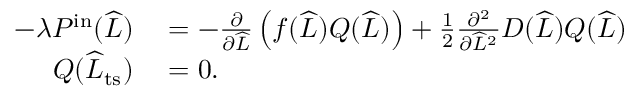
\begin{array} { r l } { - \lambda P ^ { \mathrm { i n } } ( \widehat { L } ) } & { { } = - \frac { \partial } { \partial \widehat { L } } \left( f ( \widehat { L } ) Q ( \widehat { L } ) \right) + \frac { 1 } { 2 } \frac { \partial ^ { 2 } } { \partial \widehat { L } ^ { 2 } } D ( \widehat { L } ) Q ( \widehat { L } ) } \\ { Q ( \widehat { L } _ { \mathrm { t s } } ) } & { { } = 0 . } \end{array}